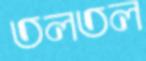
তলতল